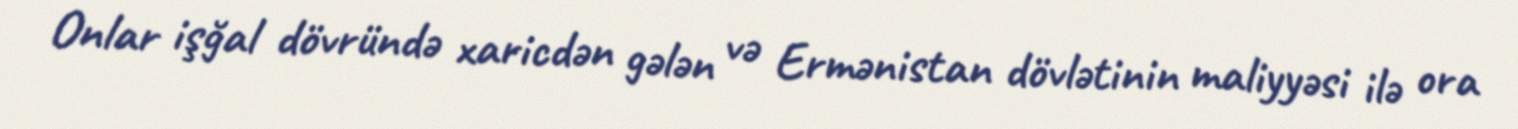
Onlar işğal dövründə xaricdən gələn və Ermənistan dövlətinin maliyyəsi ilə ora